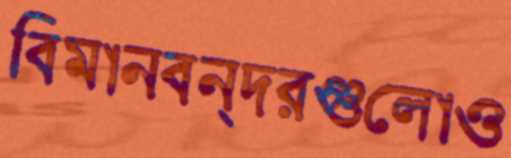
বিমানবন্দরগুলোও